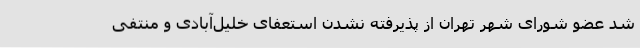
شد عضو شورای شهر تهران از پذیرفته نشدن استعفای خلیل‌آبادی و منتفی